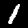
Digit: 1